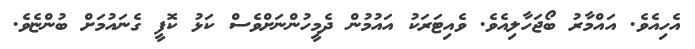
އެހިއެވެ. އައްމާރު ބޯޖަހާލިއެވެ. ވެއިޓަރަކު އައުމުން ދެމީހުންނަށްވެސް ކަޅު ކޮފީ ގެނައުމަށް ބުންޏެވެ.